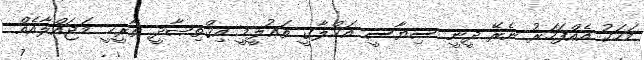
މަހަކު އެއްފަހަރު ނެރޭ ދީނީ ސިޔާސީ އަޚްލާގީ ތަޢުލީމީ އިޤްތިޞާދީ ތާރީޚީ މަޖައްލާއެއް